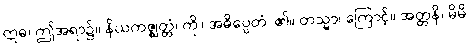
ဣဓ၊ ဤအရာ၌။ နိယကဇ္ဈတ္တံ၊ ကို။ အဓိပ္ပေတံ၊ ၏။ တသ္မာ၊ ကြောင့်။ အတ္တနိ၊ မိမိ